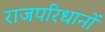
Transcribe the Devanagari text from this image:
राजपरिधानों